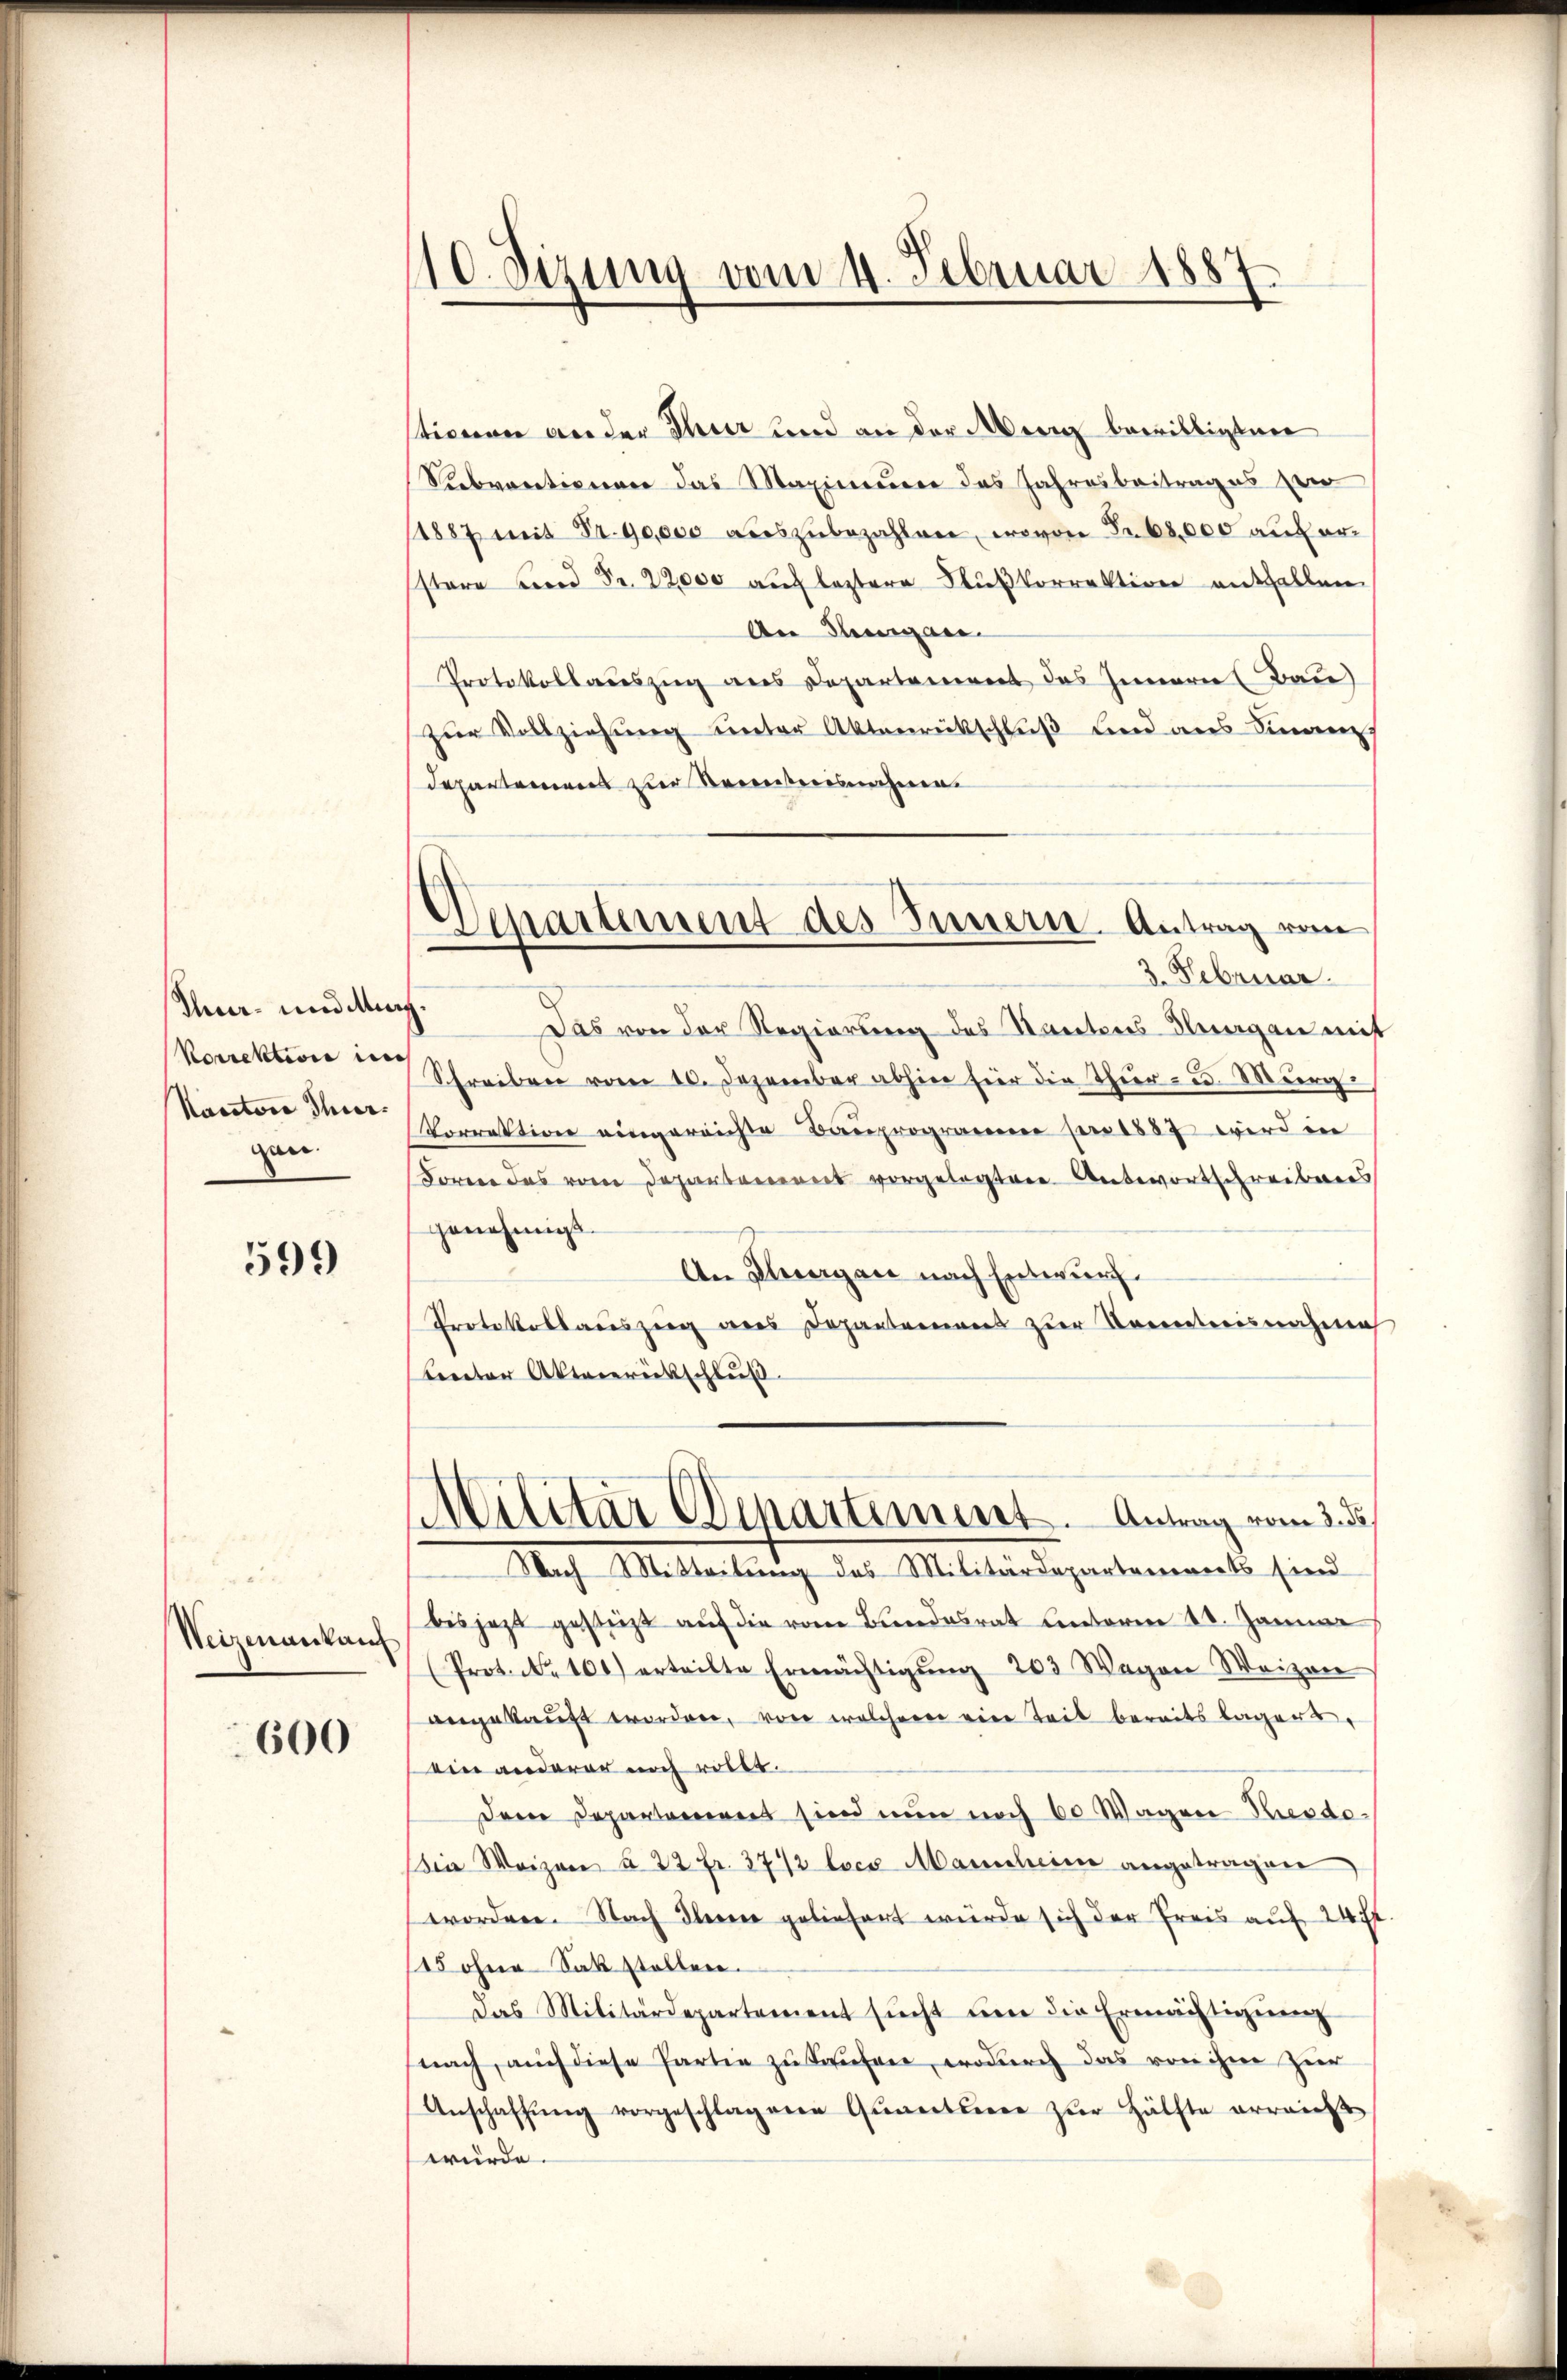
n- und Aug.
Kanton Thur-
gen.

599

Weizenankauf

600

10. Sizung vom 4. Februar 1887.

stionen an der Thier und an der berig bewilligten
Subventionen das Maximeier das Jahresbeitrages ver
(1887 mit Fr. 90,000 aŭszŭbezahlen, wovon Fr. 68,000 auf er¬
Estere und Fr. 22000 auch leztere Flußkorrektion entfallen
An Generan- |
Protokollauszug aus Departement das Innern (Bau)
zŭr Vollziehŭng ŭnter Aktenrückschluß und aus Finanz,
departement zur Kenntnisnahme.
Das von der Regierung des Kantons-Siegen mit
korrektion u. Schreiben vom 10. Dezember abhin für die Thŭr- u. Murg
orrektion eingereichte Bauprogram pro 1887 wird in
Forene das vom Departement vorgelegten Antwortschreibens
genehmigt
An Flurgau nach Entwurf.
Protokollauszug aus Departemens zur Kenntnisnahme
Cereter Aktenrückschluß
Militär Separtiment. Antrag vom 3. d.
Nach Mitteilung der Militärdepartements sind
bis jezt gesteht auf die vom Bundesrat unterm 10. Januar
(Prot. No 100) erteilte Ermächtigŭng 203 Wegen Waizen
angekauft worden, von welcherer eine Teil bereits lagers,
ein anderer noch röllt.
Dem Departement sind nun noch 60 Wagen Resdeeie Waizen à 22 fr. 372 loco Marscheine angetragen
worden. Nach Ilerne geliefert wurde sich der Preis auf 24 ist
15 ohne Sak stellen.
das Militärdepartement sŭcht ŭm die Ermächtigŭng
(nach, auch diese Parten zu Saufen, wodurch das von ihne Zier
Anschaffŭng vorgeschlagene Quantiere zŭr Hälfte erreicht
würde.

Departement des Innern. Antrag vom
3. Februar.